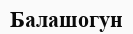
Балашогун